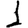
Digit: 1